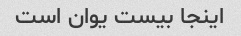
اینجا بیست یوان است